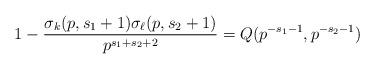
LaTeX: \begin{align*} 1 - \frac{\sigma_{k}(p,s_1+1) \sigma_{\ell}(p,s_2+1)}{p^{s_1+s_2+2}} = Q(p^{-s_1-1},p^{-s_2-1})\end{align*}